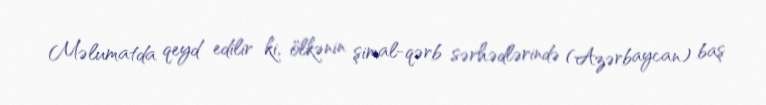
Məlumatda qeyd edilir ki, ölkənin şimal-qərb sərhədlərində (Azərbaycan) baş